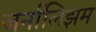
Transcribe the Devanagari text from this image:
जर्नालिझम